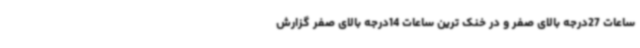
ساعات 27درجه بالای صفر و در خنک ترین ساعات 14درجه بالای صفر گزارش